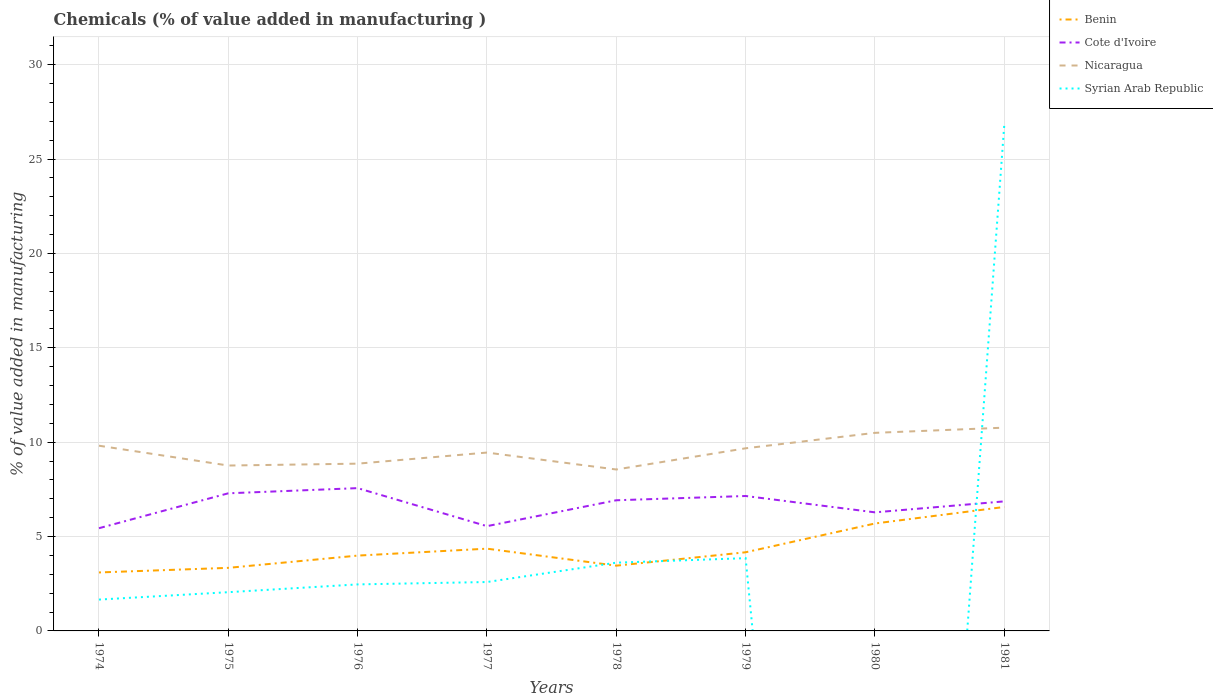
| Years | Benin | Cote d'Ivoire | Nicaragua | Syrian Arab Republic |
 | --- | --- | --- | --- | --- |
 | 1974 | 3.1 | 5.44 | 9.81 | 1.66 |
 | 1975 | 3.34 | 7.29 | 8.76 | 2.05 |
 | 1976 | 3.99 | 7.56 | 8.86 | 2.46 |
 | 1977 | 4.36 | 5.55 | 9.45 | 2.59 |
 | 1978 | 3.46 | 6.92 | 8.55 | 3.62 |
 | 1979 | 4.17 | 7.15 | 9.68 | 3.85 |
 | 1980 | 5.69 | 6.28 | 10.5 | -66.8 |
 | 1981 | 6.57 | 6.86 | 10.8 | 26.8 |